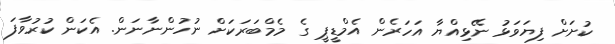
ކުށަށް ފިޔަވަޅު ނޭޅިއްޔާ އަހަރެން އެމްޑީޕީ ގެ މެމްބަރަކަށް ނުހުންނާނަން. އެކަން ކުރުވާފަ